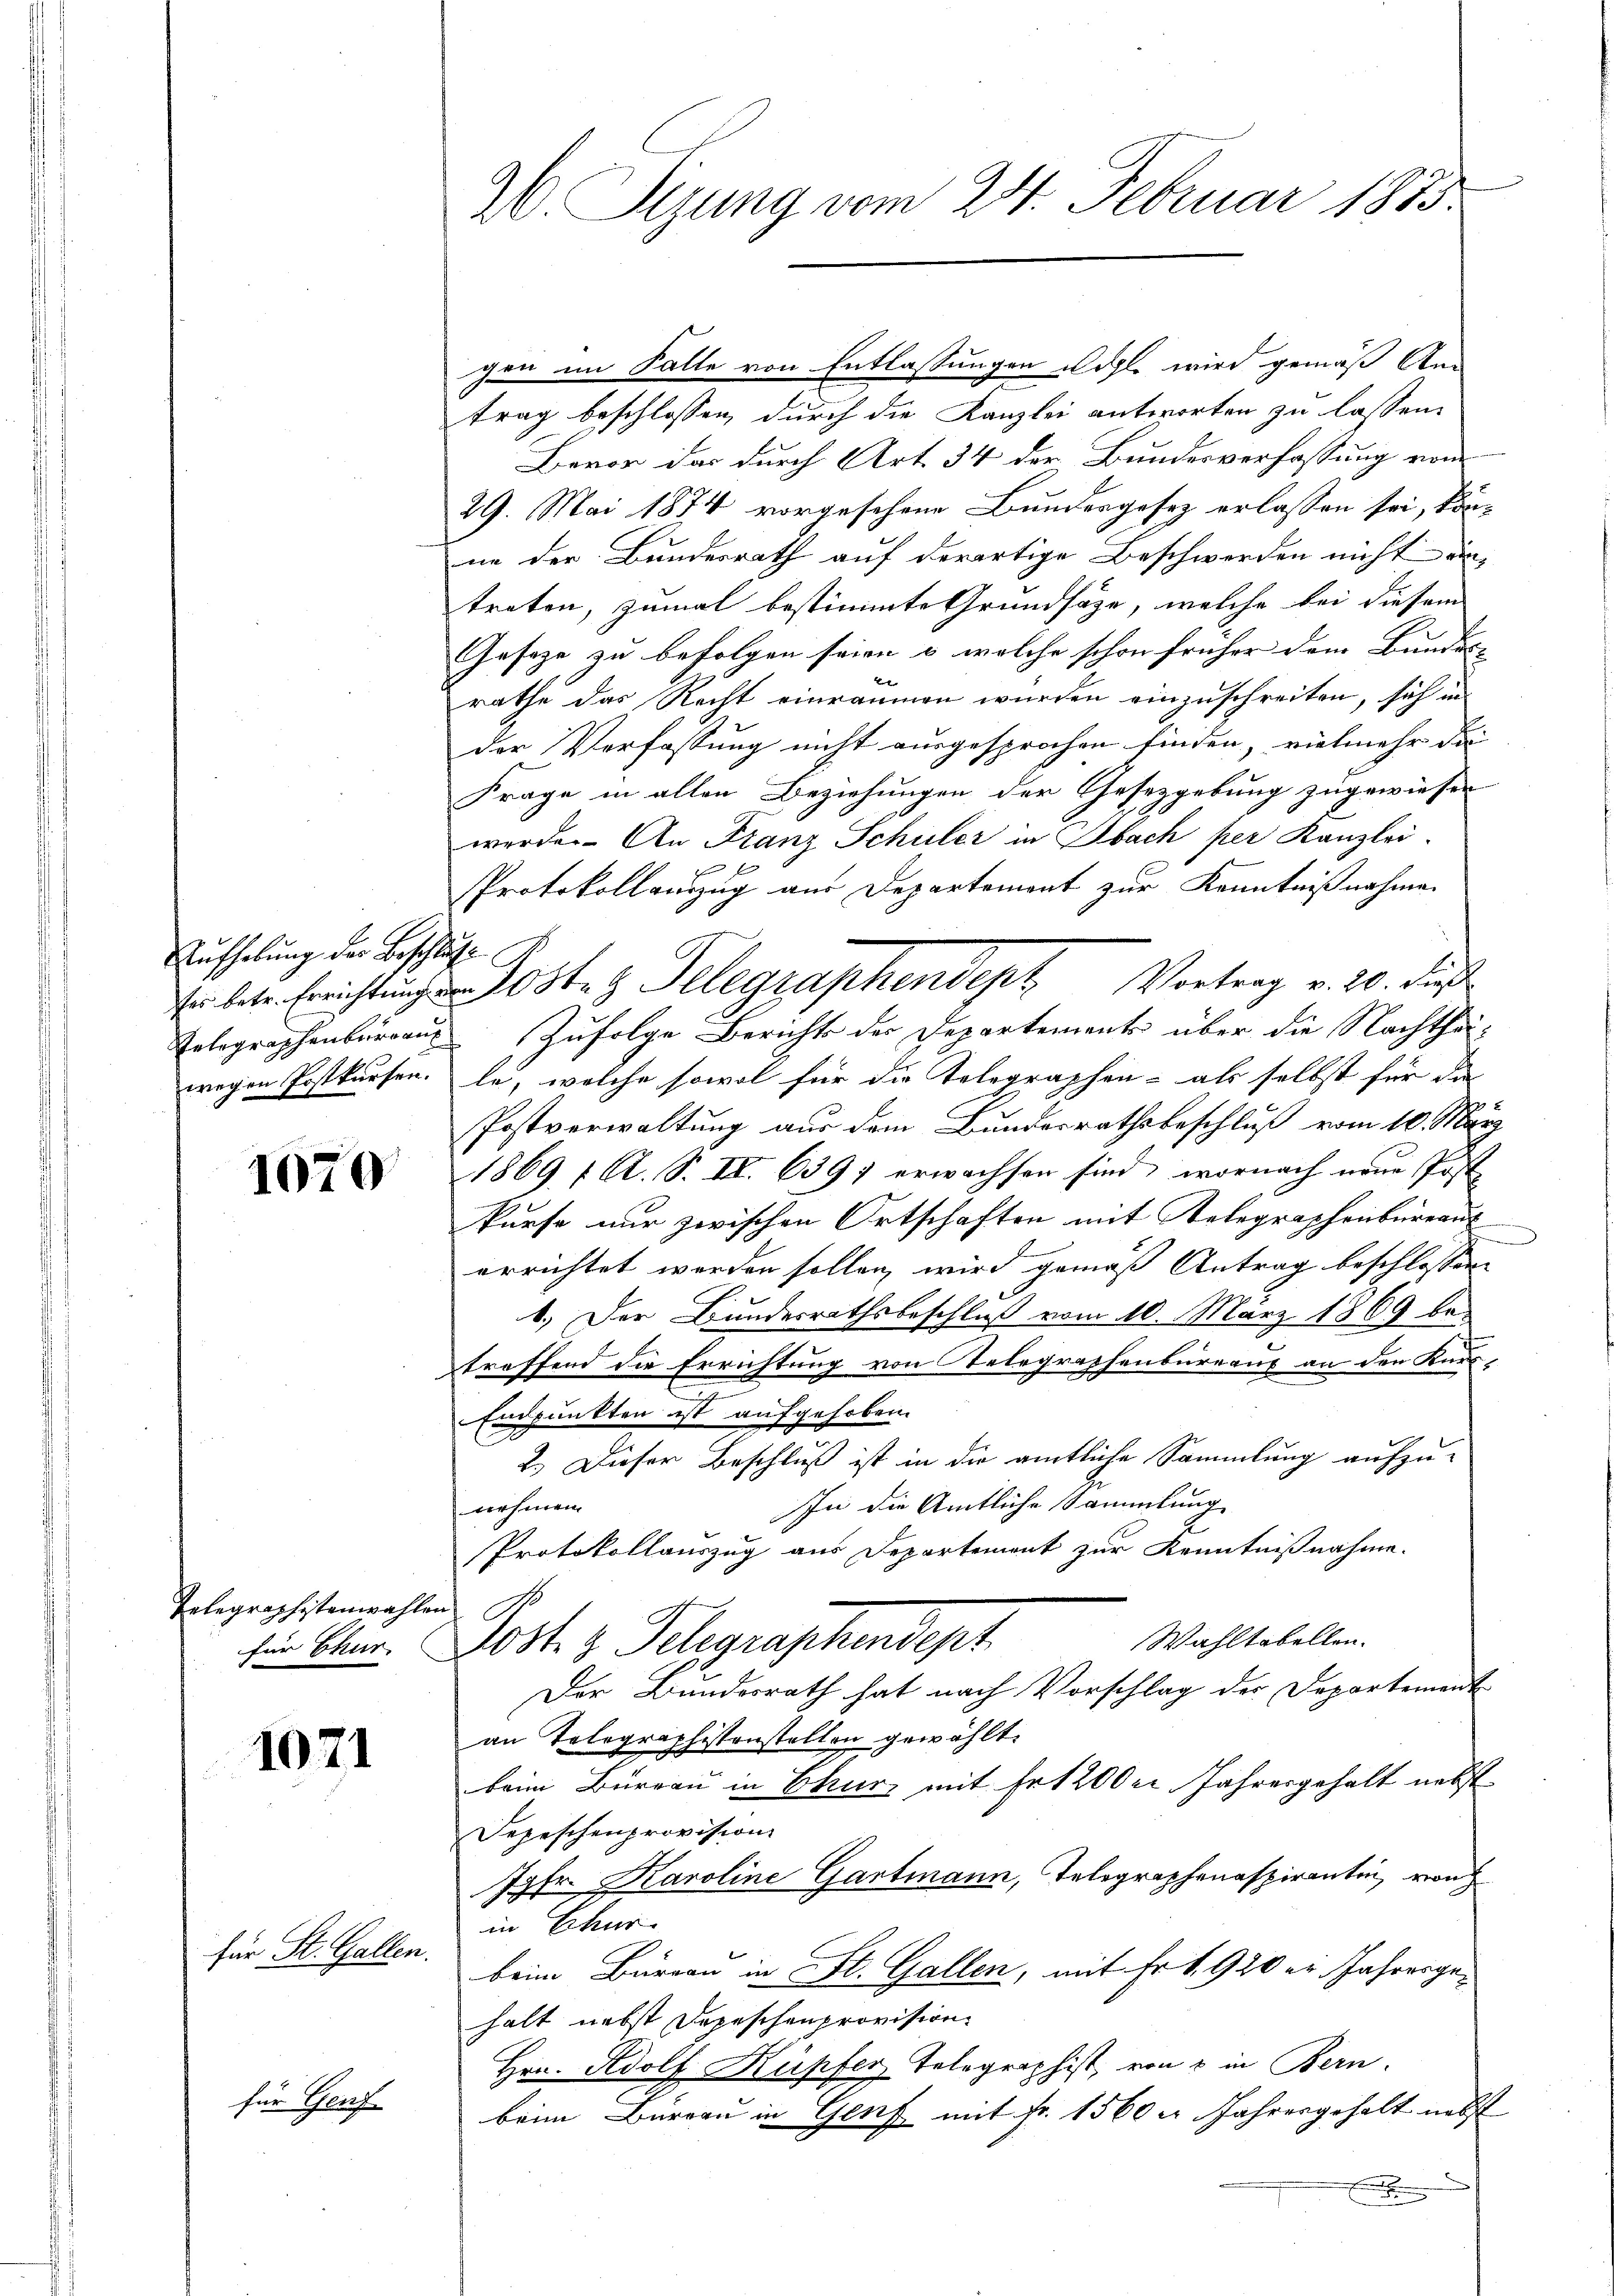
Aufhebung der Beschluss

1079

Telegraphistenwahlen St

1071

für St. Gallen.

für Genf

26. Sizung vom 24. Februar 1873.

gen im Falle von Entlassungen wohl wird gemäß An
trag beschlossen, durch die Kanzlei antworten zu lassen.
Bevor das durch Art. 34 der Bundesverfassung vom
29. Mai 1874 vorgesehene Bundesgesez erlassen sei, kön-
ne der Bundesrath auf derartige Beschwerden nicht an-
treten, zumal bestimmte Grundsätze, welche bei diesem
Gesetze zu befolgen seien & welche schon früher dem Bundes- |
rathe das Recht einräumen wurden einzuschreiten, sich in
der Verfassung nicht ausgesprochen finden, vielmehr die |
Frage in allen Beziehungen der Gesetzgebung zugewiesen
werde. An Franz Schuler in Obach per Kanzlei-
Protokollauszug aus Departement zur Kenntnißnahmen
wegen Postkursen. le, welche sowol für die Telegraphen- als selbst für da
Postverwaltung aus dem Bundesrathsbeschluß vom 10. März
1869 f. A. S. II. 6397 erwachsen sind, wornach neue Post
kurse nur zwischen Ortschaften mit Relegraphenbureaus
errichtet worden sollen, wird gemäß Antrag beschlossen,
2
b.) Der Bundesrathsbeschluß vom 10. März 1869 betreffend die Errichtung von Telegraphenbureaus an den Kurs¬
.
Endpunkten ist aufgehoben.
2.) Dieser Beschluß ist in die amtliche Sammlung aufzu-
In die Amtliche Sammlung
nehmen.
Protokollauszug aus Departement zur Kenntnißnahme.
Wahltabellen.
für Ober. Jost z. Telegraphendept
Der Bundesrath hat nach Vorschlag der Departement
an Telegraphistenstellen gewählt.
beim Bureau in Chur mit Fr. 1200 er Jahresgehalt nebst
Depeschenprovision
Jgfr. Karoline Gartmann, Telegraphenaspirantin, von
in Chur
beim Büreau in St. Gallen, mit Fr. 1920 er. Jahresgehalt nebst Depeschenprovision.
Hrn. Adolf Kupfer Telegraphist, von 2 in Bern.
beim Büreau in Genf mit Fr. 1560 er Jahresgehalt nebst
E

Pakete Erichtung Poste z. Telegraphendept Vortrag v. 20. dieß
Telegraphenburgau zufolge Berichts der Departements über die Nachthei¬